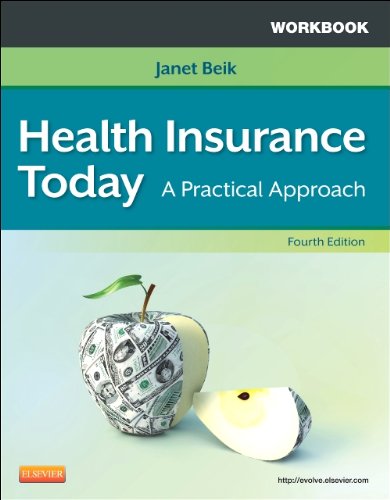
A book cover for Workbook for Health Insurance Today: A Practical Approach, 4e; Janet I. Beik AA  BA  MEd; Medical Books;